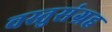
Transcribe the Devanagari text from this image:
वस्तुसंग्रह